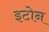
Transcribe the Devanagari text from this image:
इटोन